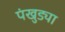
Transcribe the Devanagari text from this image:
पंखुड्या